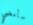
سأمضي